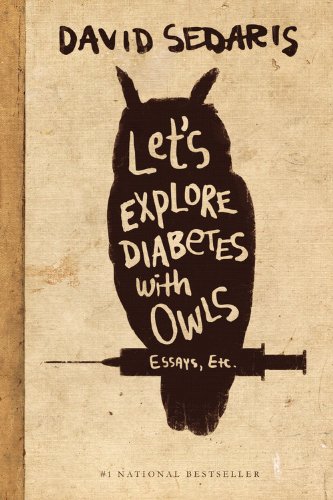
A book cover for Let's Explore Diabetes with Owls; David Sedaris; Humor & Entertainment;